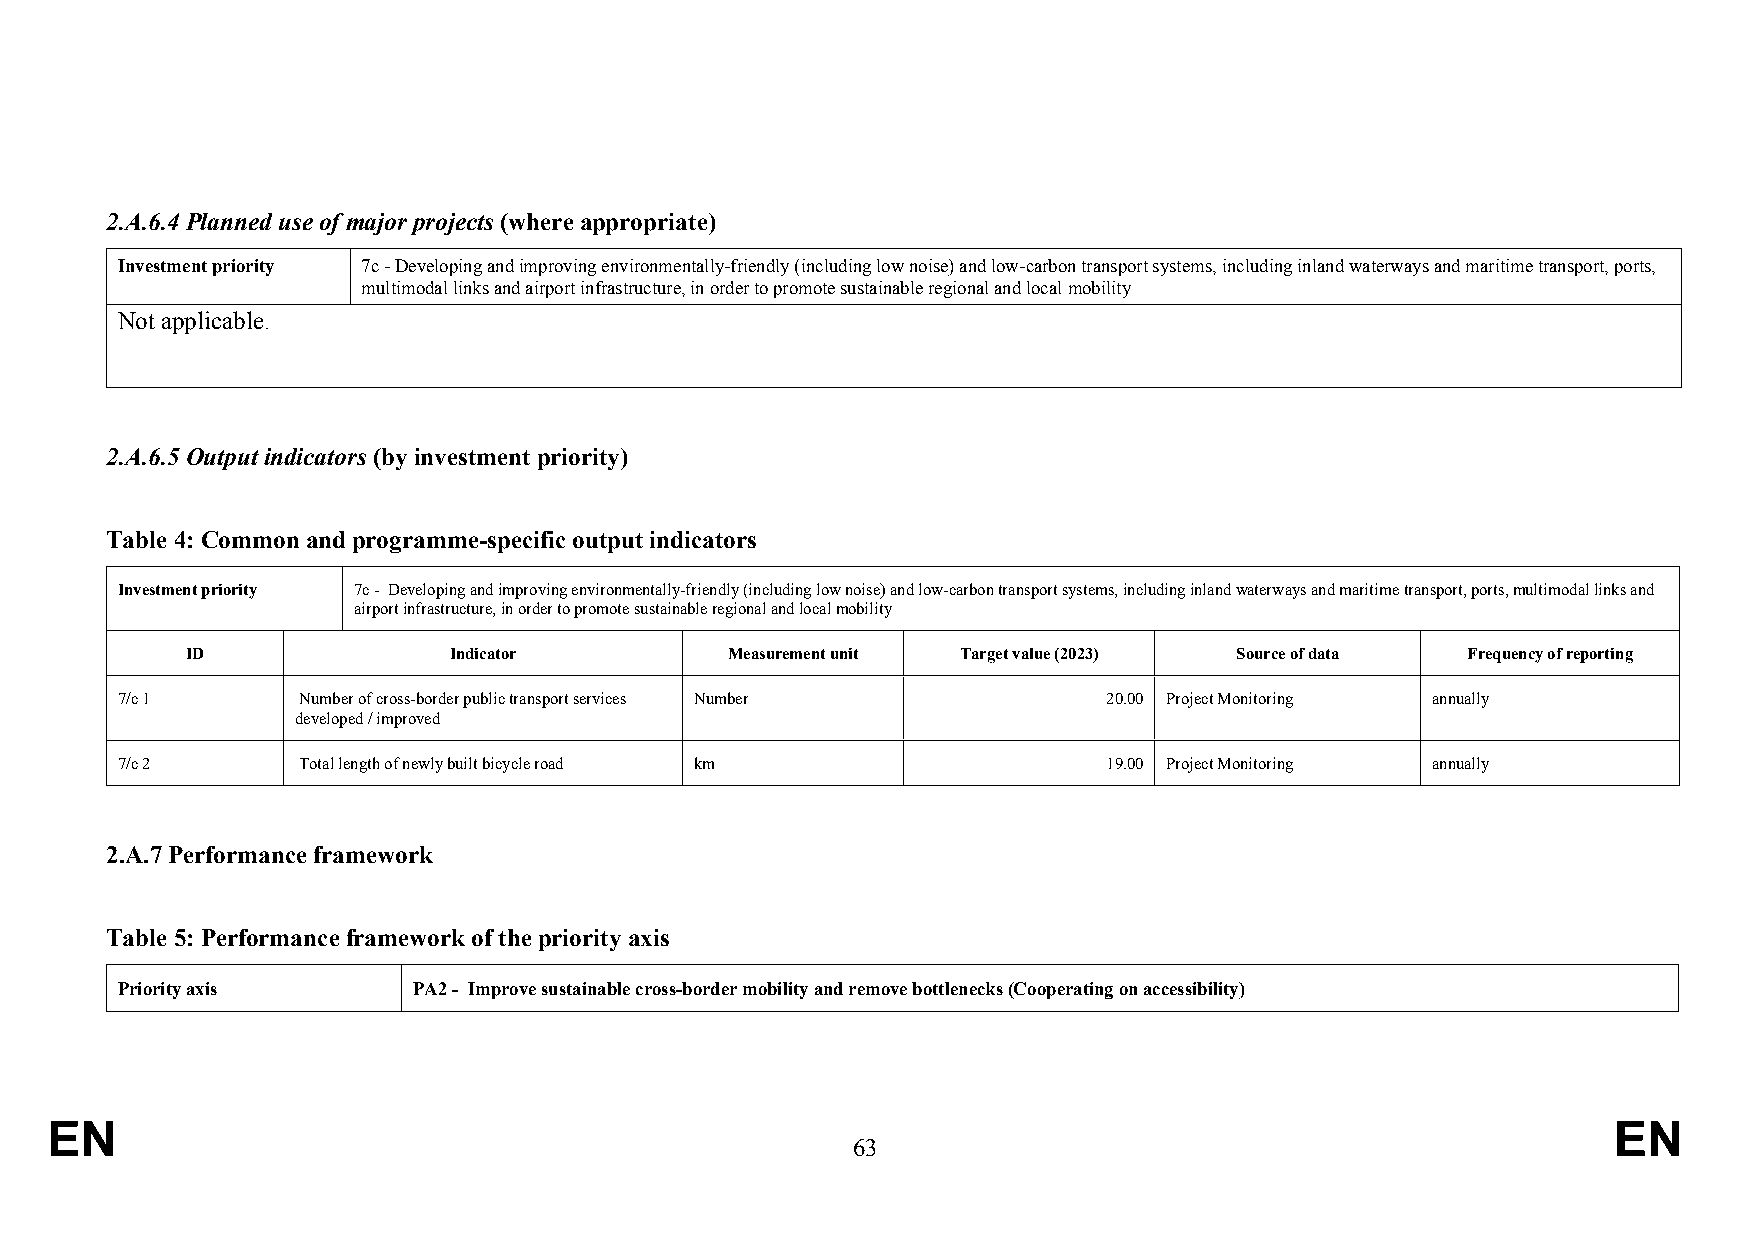
2.A.6.4 Planned use of major projects (where appropriate)
 Investment priority 7c - Developing and improving environmentally-friendly (including low noise) and low-carbon transport systems, including inland waterways and maritime transport, ports,
 multimodal links and airport infrastructure, in order to promote sustainable regional and local mobility
 Not applicable.
 2.A.6.5 Output indicators (by investment priority)
 Table 4: Common and programme-specific output indicators
 Investment priority 7c - Developing and improving environmentally-friendly (including low noise) and low-carbon transport systems, including inland waterways and maritime transport, ports, multimodal links and
 airport infrastructure, in order to promote sustainable regional and local mobility
 ID                Indicator         Measurement unit Target value (2023) Source of data Frequency of reporting
 7/c 1       Number of cross-border public transport services Number 20.00 Project Monitoring annually
 developed / improved
 7/c 2       Total length of newly built bicycle road km          19.00 Project Monitoring annually
 2.A.7 Performance framework
 Table 5: Performance framework of the priority axis
 Priority axis      PA2 - Improve sustainable cross-border mobility and remove bottlenecks (Cooperating on accessibility)
 EN                                                                                                      EN
 63